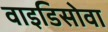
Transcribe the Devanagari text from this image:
वाइडिसोवा